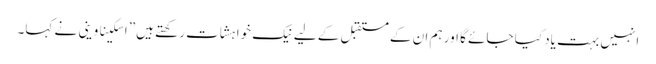
انہیں بہت یاد کیا جائے گا اور ہم ان کے مستقبل کے لیے نیک خواہشات رکھتے ہیں” اسکیناوینی نے کہا۔